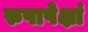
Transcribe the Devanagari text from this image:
रुपापेक्षां